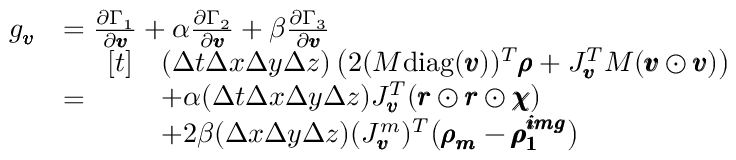
\begin{array} { r l } { g _ { \pmb { v } } } & { = \frac { \partial \Gamma _ { 1 } } { \partial \pmb { v } } + \alpha \frac { \partial \Gamma _ { 2 } } { \partial \pmb { v } } + \beta \frac { \partial \Gamma _ { 3 } } { \partial \pmb { v } } } \\ & { = \begin{array} { r l } { [ t ] } & { ( \Delta t \Delta x \Delta y \Delta z ) \left( 2 ( M \mathrm { d i a g } ( \pmb { v } ) ) ^ { T } \pmb { \rho } + J _ { \pmb { v } } ^ { T } M ( \pmb { v } \odot \pmb { v } ) \right) } \\ & { + \alpha ( \Delta t \Delta x \Delta y \Delta z ) J _ { \pmb { v } } ^ { T } ( \pmb { r } \odot \pmb { r } \odot \pmb { \chi } ) } \\ & { + 2 \beta ( \Delta x \Delta y \Delta z ) ( J _ { \pmb { v } } ^ { m } ) ^ { T } \big ( \pmb { \rho _ { m } } - \pmb { \rho _ { 1 } ^ { i m g } } \big ) } \end{array} } \end{array}